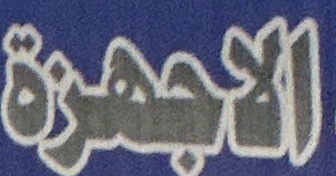
الاجهزة